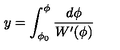
y = \int _ { \phi _ { 0 } } ^ { \phi } \frac { d \phi } { W ^ { \prime } ( \phi ) }